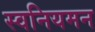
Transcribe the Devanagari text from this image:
स्वनियमन